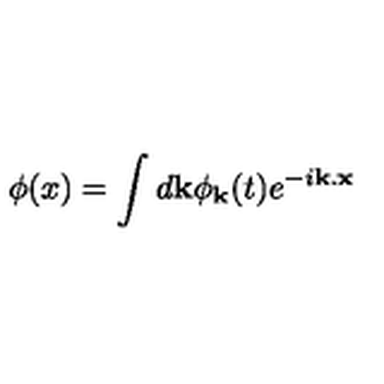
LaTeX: \phi ( x ) = \int d { \bf k } \phi _ { { \bf k } } ( t ) e ^ { - i { \bf k } . { \bf x } }